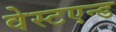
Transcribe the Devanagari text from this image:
वेस्टएन्ड